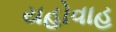
યહોવાહ